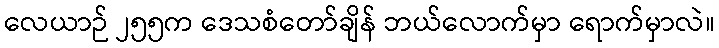
လေယာဉ် ၂၅၅က ဒေသစံတော်ချိန် ဘယ်လောက်မှာ ရောက်မှာလဲ။